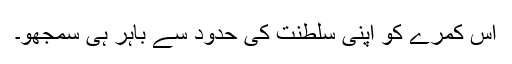
اس کمرے کو اپنی سلطنت کی حدود سے باہر ہی سمجھو۔